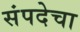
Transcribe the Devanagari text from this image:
संपदेचा